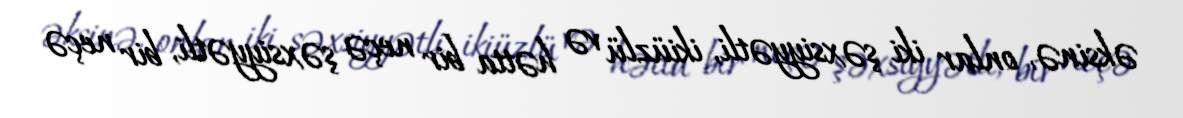
əksinə, onlar iki şəxsiyyətli, ikiüzlü və hətta bir neçə şəxsiyyətli, bir neçə